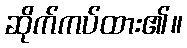
ဆိုက်ကပ်ထား၏။